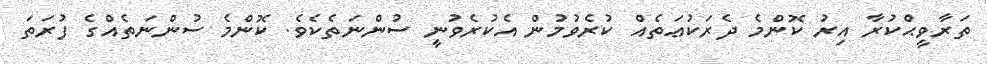
ތަރާވީޙްކުރާ އިރު ކޮންމެ ދެރަކުޢަތެއް ކުރެވުމުން އެކުރެވުނީ ސުންނަތެކެވެ. ކޮންމެ ސުންނަތެއްގެ ފުރަތަ